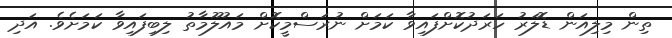
ތިން މިލިއަން ޑޮލަރު ހަރަދުކޮށްފައިވާ ކަމަށް ނުރަސްމީކޮށް މައުލޫމާތު ލިބިފައިވާ ކަމަށެވެ. އަދި